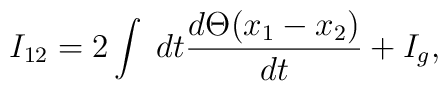
I_{12}=2\int\; dt\frac{d\Theta(x_{1}-x_{2})}{dt}+I_{g},